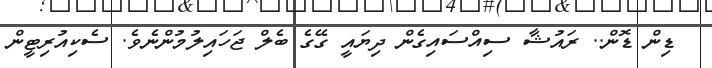
ޑިން ޑޮން.. ރައުޝާ ސިއްސައިގެން ދިޔައީ ގޭގެ ބެލް ޖަހައިލުމުންނެވެ. ސެކިއުރިޓީން